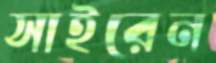
সাইরেন